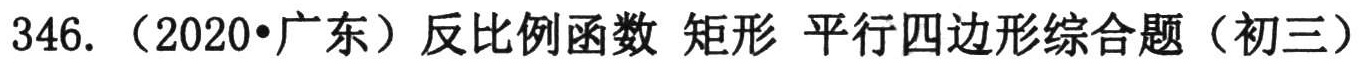
346. （2020•广东）反比例函数 矩形 平行四边形综合题（初三）